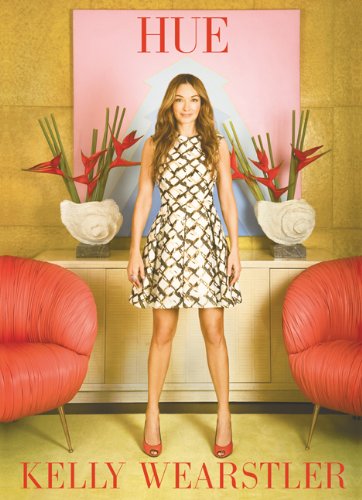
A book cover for HUE; Kelly Wearstler; Arts & Photography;